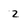
Character: 2